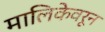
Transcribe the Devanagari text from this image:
मालिकेवरून